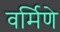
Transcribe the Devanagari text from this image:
वर्मिणे